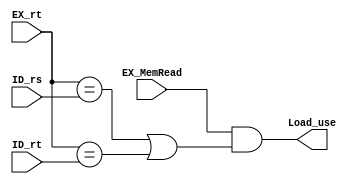
module Load_use(EX_MemRead,EX_rt,ID_rs,ID_rt,Load_use);
//Load_use hazard judge
	input	EX_MemRead;
	input[4:0]	EX_rt,ID_rs,ID_rt;
	output reg	Load_use;
	wire	C;
	
	assign	C = EX_MemRead && ((EX_rt == ID_rs) || (EX_rt == ID_rt));

	initial
	begin
		Load_use = 0;
	end

	always@(C)
	begin
		Load_use = C;
	end

endmodule